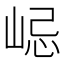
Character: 𡷞